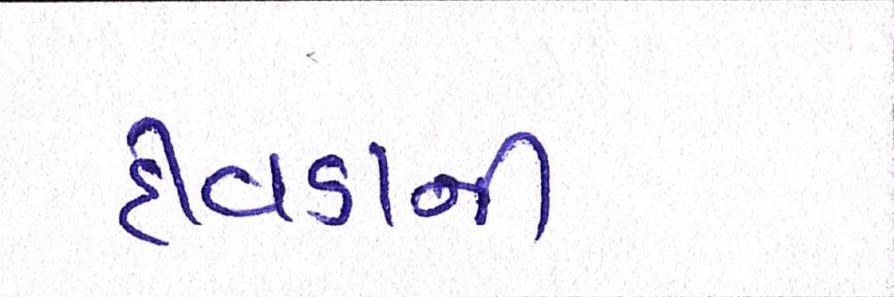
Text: દીવડાની